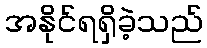
အနိုင်ရရှိခဲ့သည်